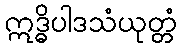
ဣဒ္ဓိပါဒသံယုတ္တံ